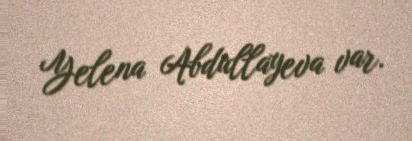
Yelena Abdullayeva var.